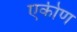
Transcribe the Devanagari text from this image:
एकीण